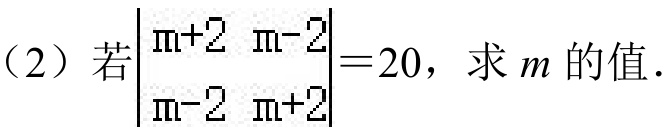
（2）若\(\begin{vmatrix}
m + 2 & m - 2\\
m - 2 & m + 2
\end{vmatrix}=20\)，求\(m\)的值.